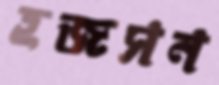
হজসন